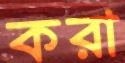
করা